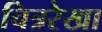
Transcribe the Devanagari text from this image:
चित्ररेखा